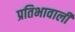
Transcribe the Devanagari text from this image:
प्रतिभावाली